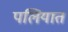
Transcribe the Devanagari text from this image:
पलियात